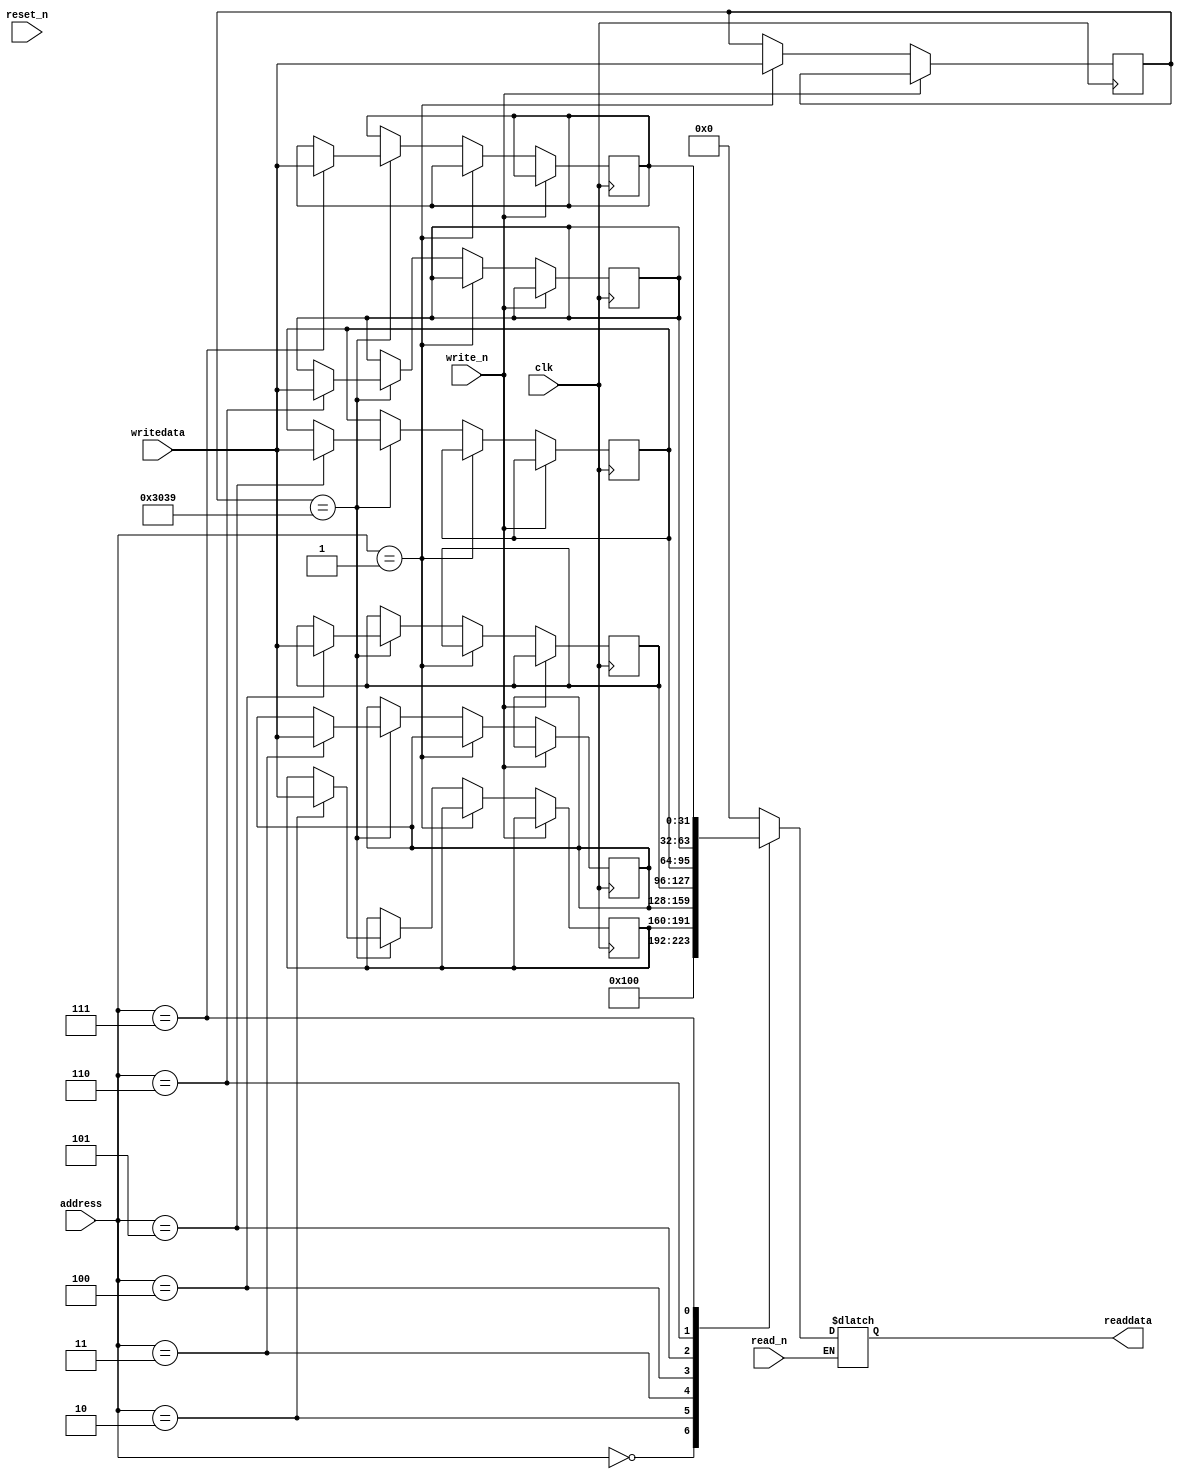
module fw_update (
    clk,
    reset_n,

    address,
    writedata,
    write_n,
    read_n,
    readdata

);

  parameter [7:0] VERSION_MAJOR = 1;
  parameter [7:0] VERSION_MINOR = 0;
  parameter [7:0] PRODUCT_ID = 0;
  parameter [31:0] LOCK_PWD = 12345;

  input wire clk;
  input wire reset_n;

  //avalon mm interface
  input wire [2:0] address;
  input wire [31:0] writedata;
  input wire write_n;
  input wire read_n;
  output reg [31:0] readdata;

  localparam VERSION_REG = 0;
  localparam LOCK_REG = 1;
  localparam USER0_REG = 2;
  localparam USER1_REG = 3;
  localparam USER2_REG = 4;
  localparam USER3_REG = 5;
  localparam USER4_REG = 6;
  localparam USER5_REG = 7;


  reg [31:0] lock_reg;
  reg [31:0] user0_reg;
  reg [31:0] user1_reg;
  reg [31:0] user2_reg;
  reg [31:0] user3_reg;
  reg [31:0] user4_reg;
  reg [31:0] user5_reg;


  //avalon write data 
  always @(posedge clk)             //write down to reg
    begin

    if (~write_n) begin
      if (address == LOCK_REG) begin
        lock_reg <= writedata;
      end else if (lock_reg == LOCK_PWD) begin
        case (address)
          USER0_REG: user0_reg <= writedata;
          USER1_REG: user1_reg <= writedata;
          USER2_REG: user2_reg <= writedata;
          USER3_REG: user3_reg <= writedata;
          USER4_REG: user4_reg <= writedata;
          USER5_REG: user5_reg <= writedata;
        endcase
      end


    end

  end

  //avalon read data
  always @(*)            //read reg value      
    begin
    if (~read_n) begin
      case (address)
        VERSION_REG: readdata <= {PRODUCT_ID, VERSION_MAJOR, VERSION_MINOR};
        USER0_REG: readdata <= user0_reg;
        USER1_REG: readdata <= user1_reg;
        USER2_REG: readdata <= user2_reg;
        USER3_REG: readdata <= user3_reg;
        USER4_REG: readdata <= user4_reg;
        USER5_REG: readdata <= user5_reg;
        default: readdata <= 0;
      endcase
    end

  end
endmodule